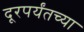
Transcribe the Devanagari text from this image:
दूरपर्यंतच्या